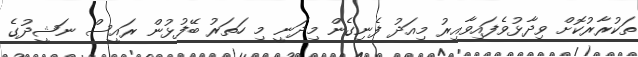
ތަކުރާރުކޮށް ވިދާޅުވެފައިވާއިރު މިއަދު ފެނިގެން މިދަނީ މި ހަތަރު ބޭފުޅުން ރައީސް ނަޝީދުގެ